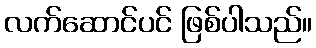
လက်ဆောင်ပင် ဖြစ်ပါသည်။